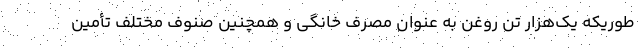
طوریکه یک‌هزار تن روغن به عنوان مصرف خانگی و همچنین صنوف مختلف تأمین